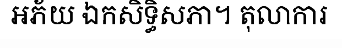
អភ័យ ឯកសិទ្ធិសភា។ តុលាការ